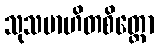
သုသမာဟိတစိတ္တော